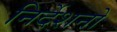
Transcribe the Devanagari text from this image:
निर्देशनों